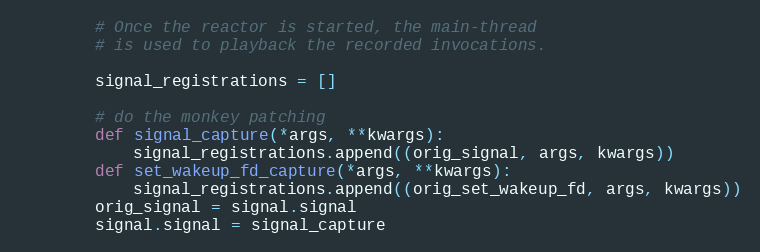
Language: Python
        # Once the reactor is started, the main-thread
        # is used to playback the recorded invocations.

        signal_registrations = []

        # do the monkey patching
        def signal_capture(*args, **kwargs):
            signal_registrations.append((orig_signal, args, kwargs))
        def set_wakeup_fd_capture(*args, **kwargs):
            signal_registrations.append((orig_set_wakeup_fd, args, kwargs))
        orig_signal = signal.signal
        signal.signal = signal_capture